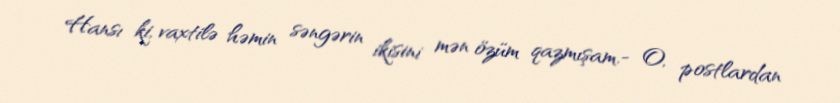
Hansı ki, vaxtilə həmin səngərin ikisini mən özüm qazmışam.- O, postlardan